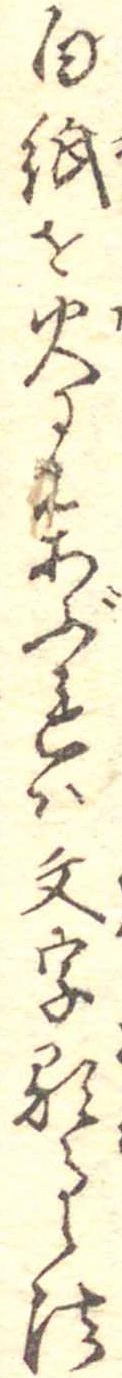
白紙を火にあぶれは文字顕る法